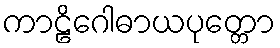
ကာဠိဂေါဓာယပုတ္တော